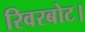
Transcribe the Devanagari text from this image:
रिवरबोट।